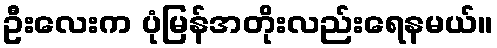
ဦးလေးက ပုံမြန်အတိုးလည်းရေနမယ်။